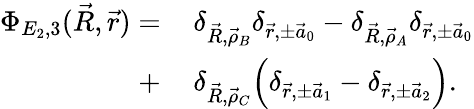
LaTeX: \begin{array}{rl}{\Phi_{E_{2},3}(\vec{R},\vec{r})=\, }&{{}\delta_{\vec{R},\vec{\rho}_{B}}\delta_{\vec{r},\pm\vec{a}_{0}}-\delta_{\vec{R},\vec{\rho}_{A}}\delta_{\vec{r},\pm\vec{a}_{0}}}\\ {+\, }&{{}\delta_{\vec{R},\vec{\rho}_{C}}\Big(\delta_{\vec{r},\pm\vec{a}_{1}}-\delta_{\vec{r},\pm\vec{a}_{2}}\Big).}\end{array}